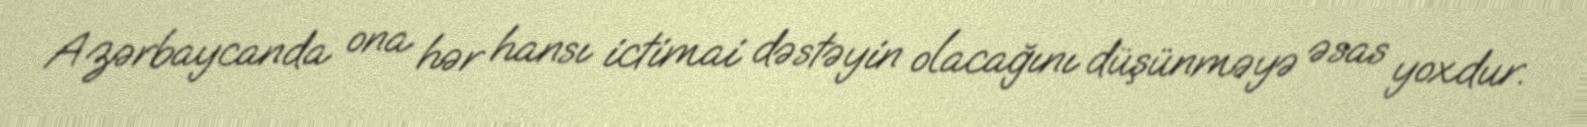
Azərbaycanda ona hər hansı ictimai dəstəyin olacağını düşünməyə əsas yoxdur.